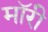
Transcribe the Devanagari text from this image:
मॉरी